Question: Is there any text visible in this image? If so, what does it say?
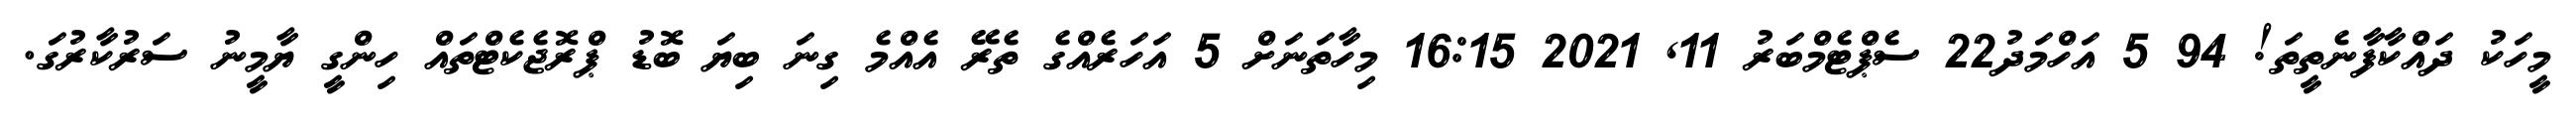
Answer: މީހަކު ދައްކާފާނެތީތަ! 94 5 އަހްމަދު22 ސެޕްޓެމްބަރު 11, 2021 16:15 މިހާތަނަށް 5 އަހަރެއްގެ ތެރޭ އެއްމެ ގިނަ ބިޔަ ބޮޑު ޕްރޮޖެކެޓްތައް ހިންގީ ޔާމީނު ސަރުކާރުގަ.